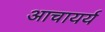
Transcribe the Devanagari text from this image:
आचायर्य